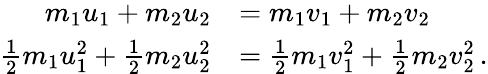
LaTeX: {\begin{array}{rl}{m_{1}u_{1}+m_{2}u_{2}}&{=m_{1}v_{1}+m_{2}v_{2}}\\ {{\frac{1}{2}}m_{1}u_{1}^{2}+{\frac{1}{2}}m_{2}u_{2}^{2}}&{={\frac{1}{2}}m_{1}v_{1}^{2}+{\frac{1}{2}}m_{2}v_{2}^{2}\, .}\end{array}}